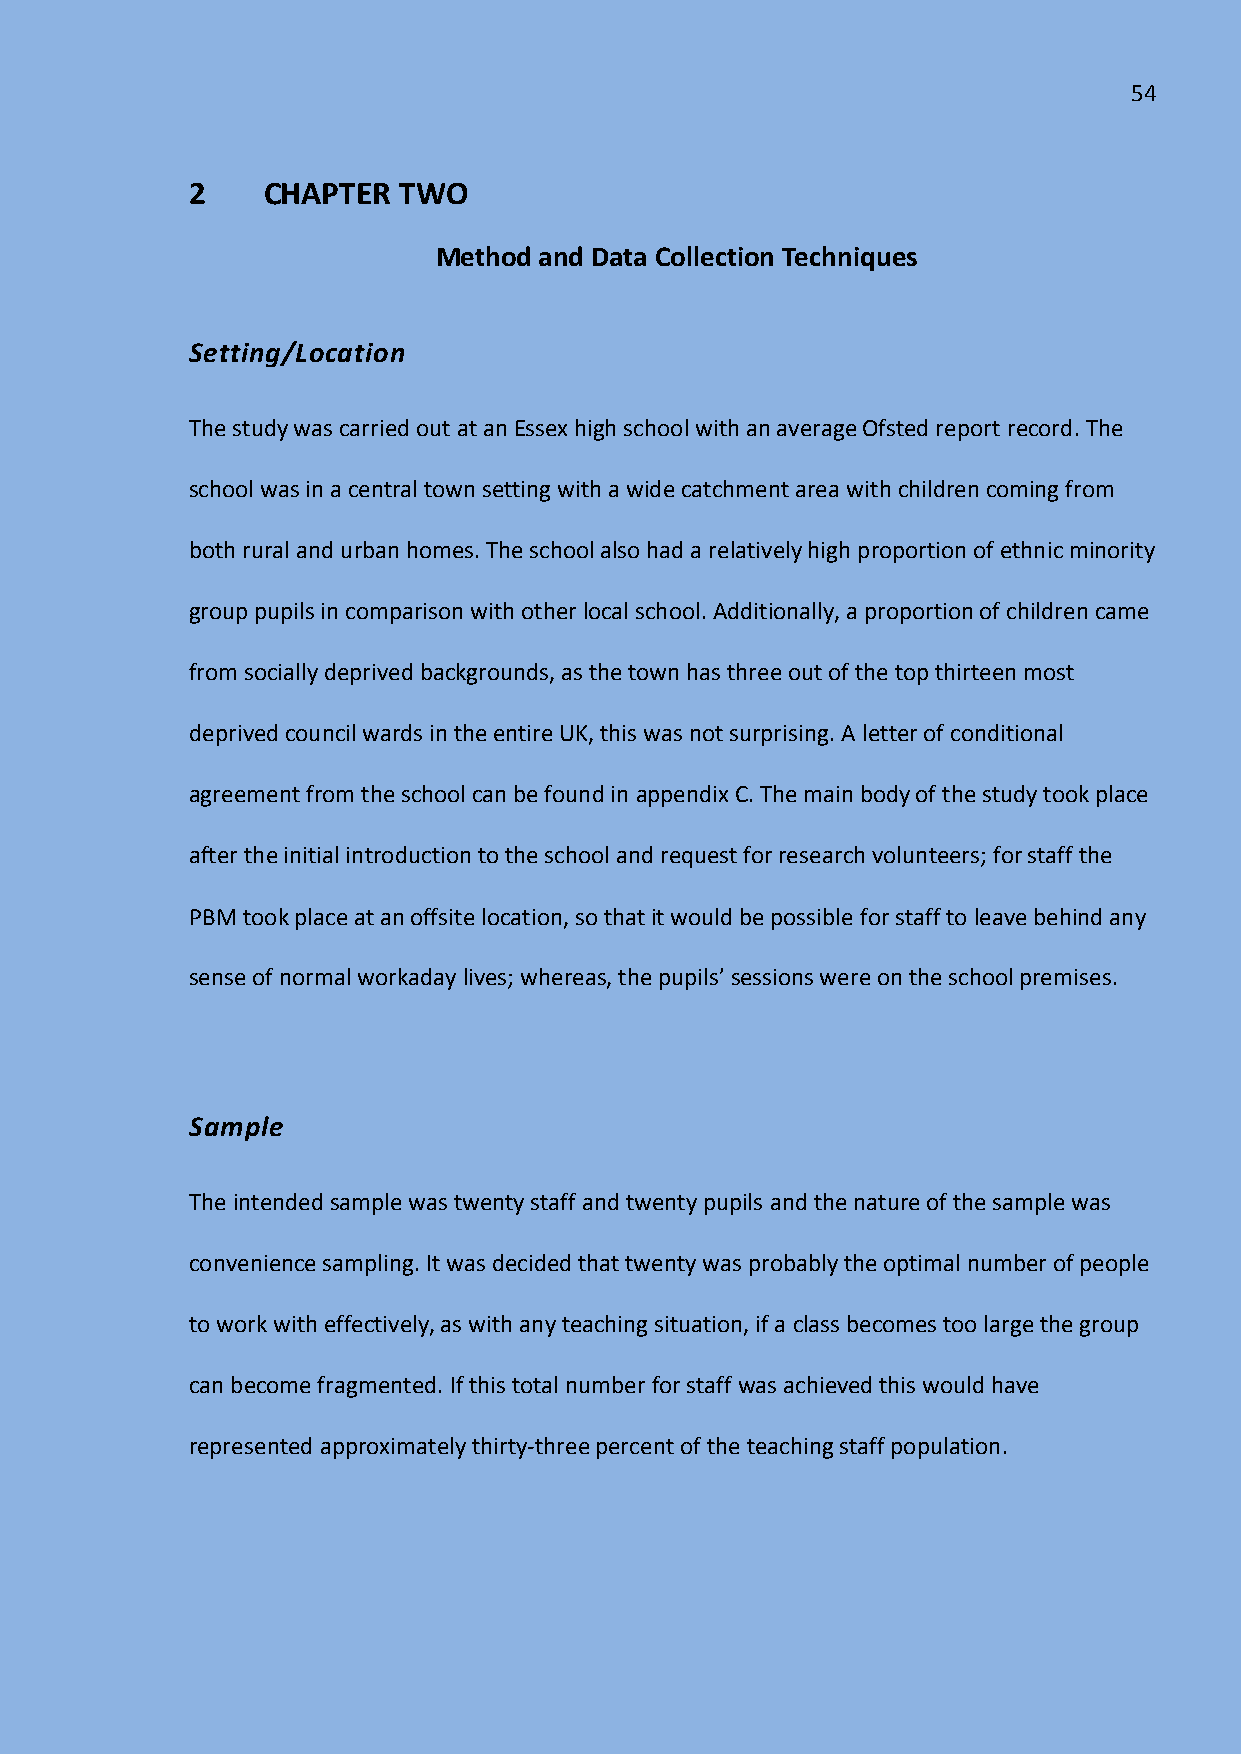
54
 2    CHAPTER  TWO
 Method and Data Collection Techniques
 Setting/Location
 The study was carried out at an Essex high school with an average Ofsted report record. The
 school was in a central town setting with a wide catchment area with children coming from
 both rural and urban homes. The school also had a relatively high proportion of ethnic minority
 group pupils in comparison with other local school. Additionally, a proportion of children came
 from socially deprived backgrounds, as the town has three out of the top thirteen most
 deprived council wards in the entire UK, this was not surprising. A letter of conditional
 agreement from the school can be found in appendix C. The main body of the study took place
 after the initial introduction to the school and request for research volunteers; for staff the
 PBM took place at an offsite location, so that it would be possible for staff to leave behind any
 sense of normal workaday lives; whereas, the pupils’ sessions were on the school premises.
 Sample
 The intended sample was twenty staff and twenty pupils and the nature of the sample was
 convenience sampling. It was decided that twenty was probably the optimal number of people
 to work with effectively, as with any teaching situation, if a class becomes too large the group
 can become fragmented. If this total number for staff was achieved this would have
 represented approximately thirty-three percent of the teaching staff population.